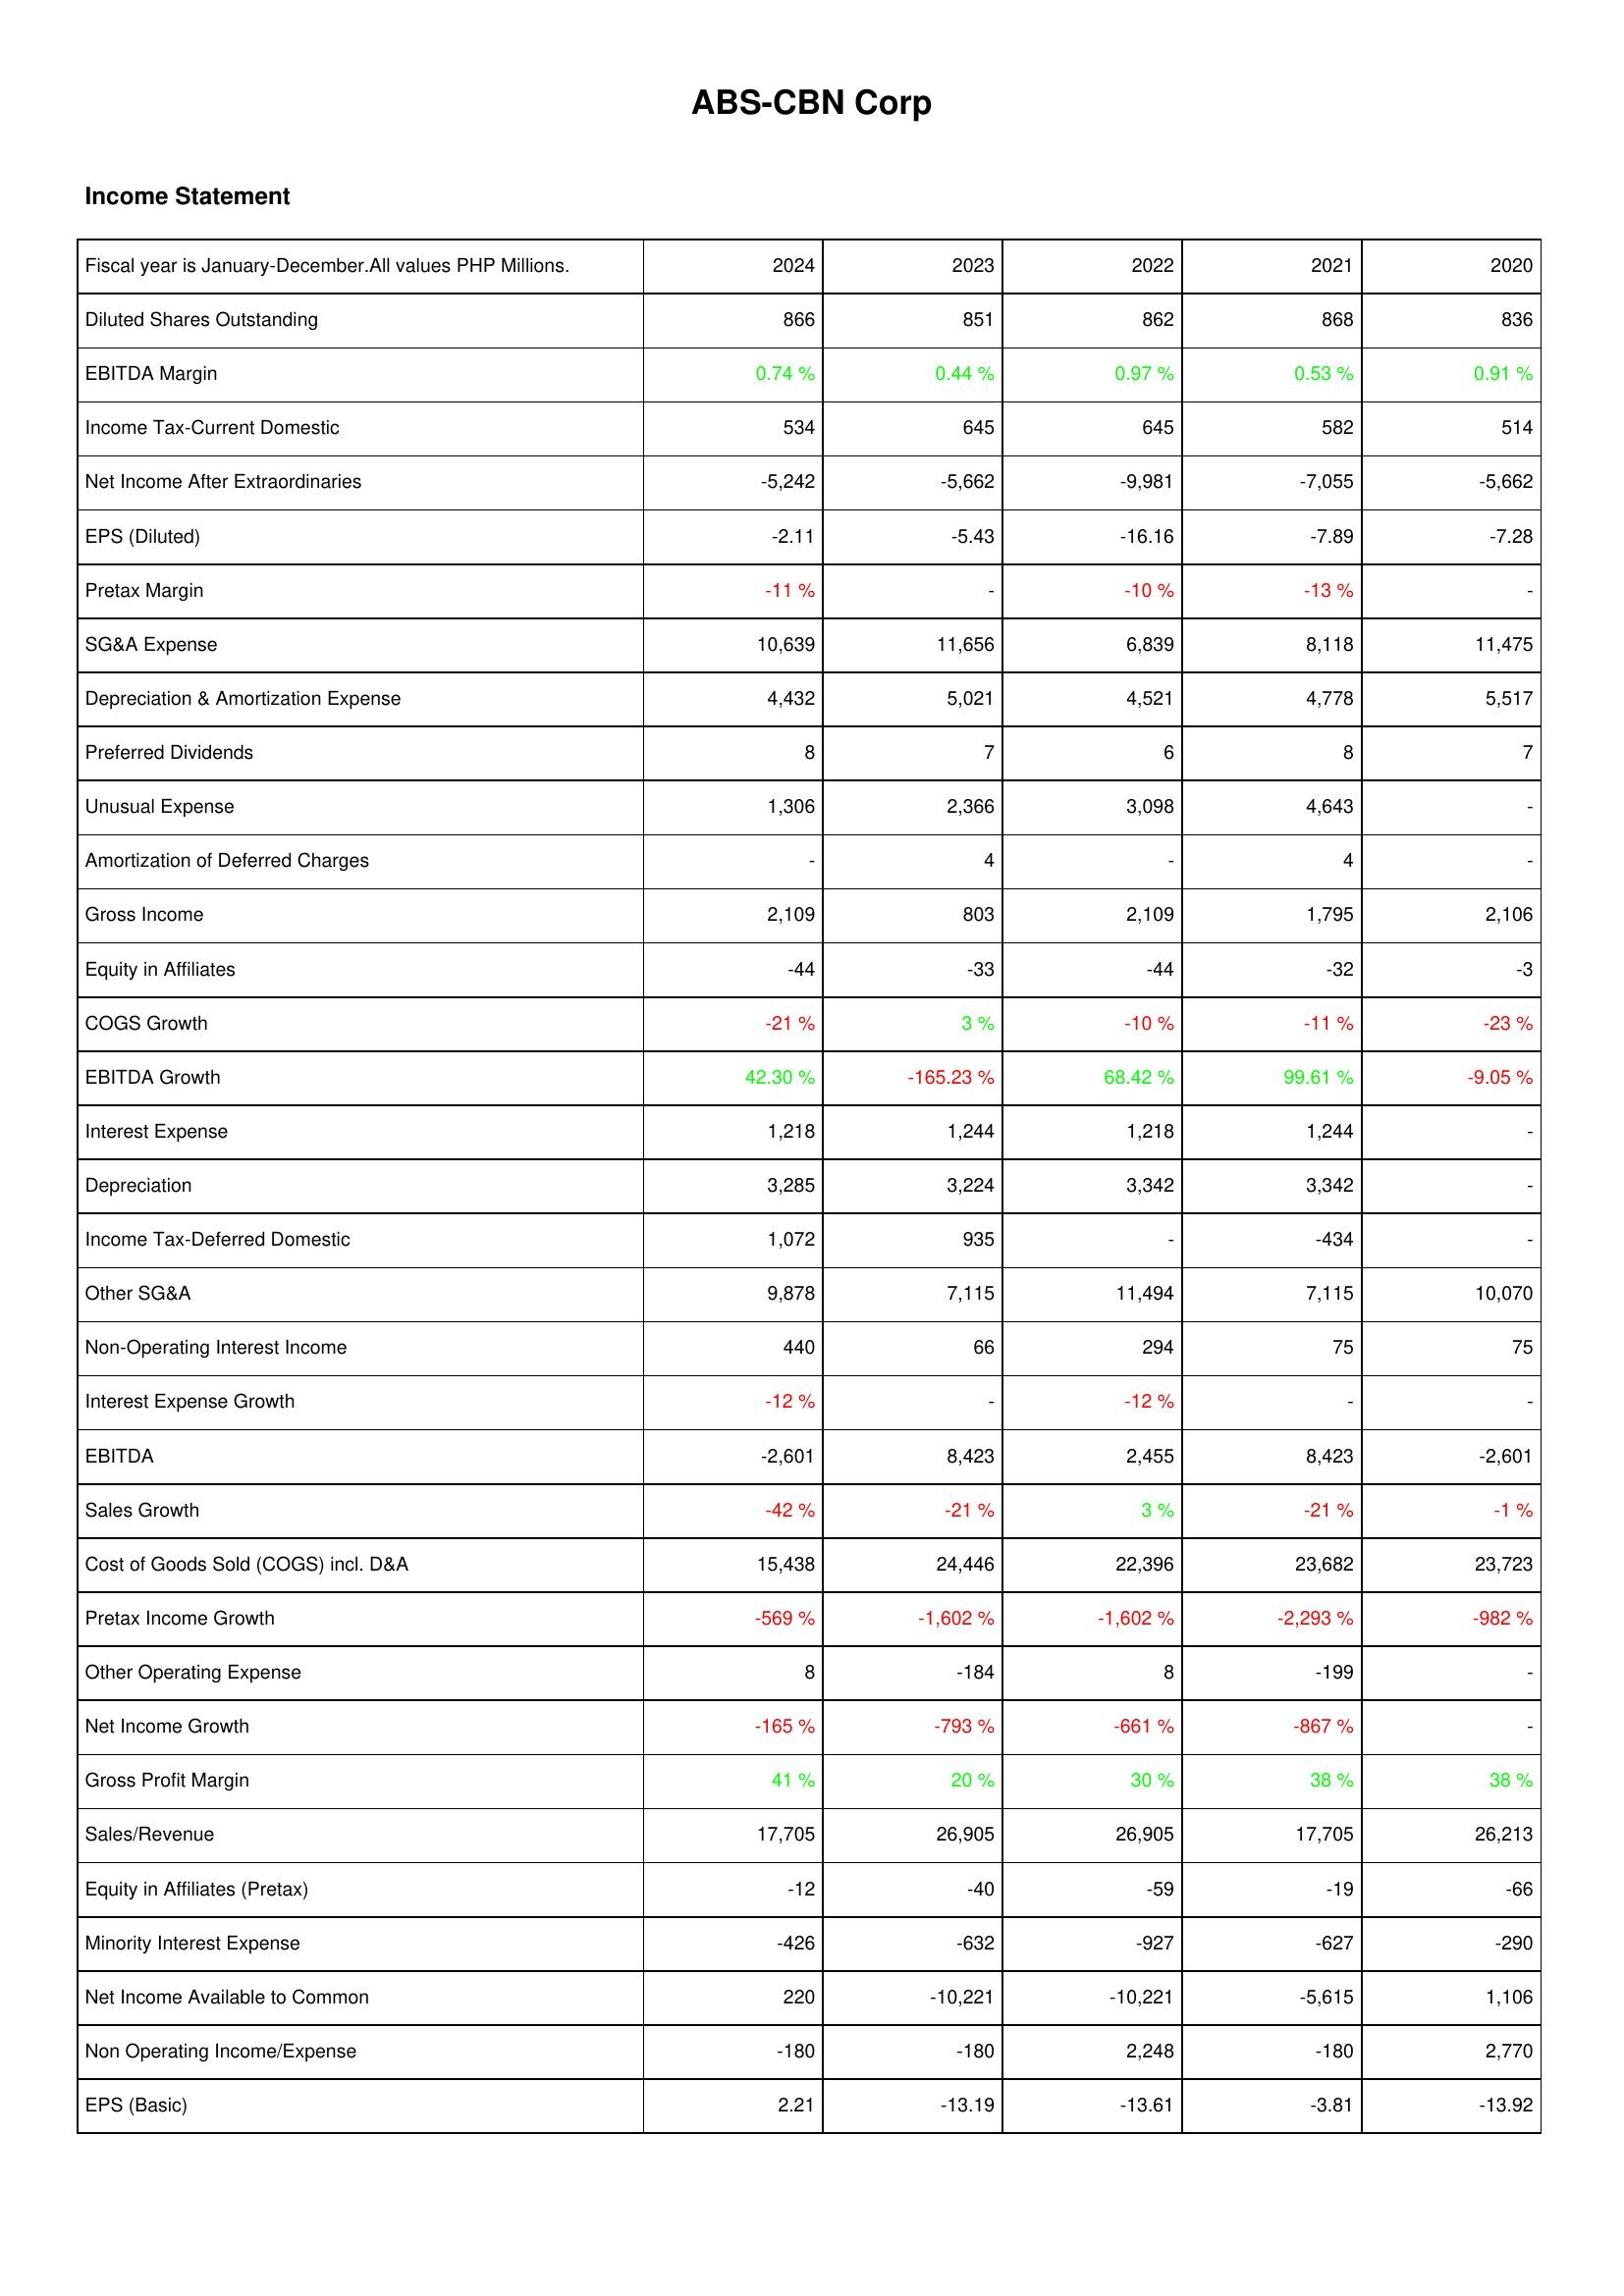
2024: Income Statement: Diluted Shares Outstanding: 866
EBITDA Margin: 0.74 %
Income Tax-Current Domestic: 534
Net Income After Extraordinaries: -5,242
EPS (Diluted): -2.11
Pretax Margin: -11 %
SG&A Expense: 10,639
Depreciation & Amortization Expense: 4,432
Preferred Dividends: 8
Unusual Expense: 1,306
Amortization of Deferred Charges: -
Gross Income: 2,109
Equity in Affiliates: -44
COGS Growth: -21 %
EBITDA Growth: 42.30 %
Interest Expense: 1,218
Depreciation: 3,285
Income Tax-Deferred Domestic: 1,072
Other SG&A: 9,878
Non-Operating Interest Income: 440
Interest Expense Growth: -12 %
EBITDA: -2,601
Sales Growth: -42 %
Cost of Goods Sold (COGS) incl. D&A: 15,438
Pretax Income Growth: -569 %
Other Operating Expense: 8
Net Income Growth: -165 %
Gross Profit Margin: 41 %
Sales/Revenue: 17,705
Equity in Affiliates (Pretax): -12
Minority Interest Expense: -426
Net Income Available to Common: 220
Non Operating Income/Expense: -180
EPS (Basic): 2.21
2023: Income Statement: Diluted Shares Outstanding: 851
EBITDA Margin: 0.44 %
Income Tax-Current Domestic: 645
Net Income After Extraordinaries: -5,662
EPS (Diluted): -5.43
Pretax Margin: -
SG&A Expense: 11,656
Depreciation & Amortization Expense: 5,021
Preferred Dividends: 7
Unusual Expense: 2,366
Amortization of Deferred Charges: 4
Gross Income: 803
Equity in Affiliates: -33
COGS Growth: 3 %
EBITDA Growth: -165.23 %
Interest Expense: 1,244
Depreciation: 3,224
Income Tax-Deferred Domestic: 935
Other SG&A: 7,115
Non-Operating Interest Income: 66
Interest Expense Growth: -
EBITDA: 8,423
Sales Growth: -21 %
Cost of Goods Sold (COGS) incl. D&A: 24,446
Pretax Income Growth: -1,602 %
Other Operating Expense: -184
Net Income Growth: -793 %
Gross Profit Margin: 20 %
Sales/Revenue: 26,905
Equity in Affiliates (Pretax): -40
Minority Interest Expense: -632
Net Income Available to Common: -10,221
Non Operating Income/Expense: -180
EPS (Basic): -13.19
2022: Income Statement: Diluted Shares Outstanding: 862
EBITDA Margin: 0.97 %
Income Tax-Current Domestic: 645
Net Income After Extraordinaries: -9,981
EPS (Diluted): -16.16
Pretax Margin: -10 %
SG&A Expense: 6,839
Depreciation & Amortization Expense: 4,521
Preferred Dividends: 6
Unusual Expense: 3,098
Amortization of Deferred Charges: -
Gross Income: 2,109
Equity in Affiliates: -44
COGS Growth: -10 %
EBITDA Growth: 68.42 %
Interest Expense: 1,218
Depreciation: 3,342
Income Tax-Deferred Domestic: -
Other SG&A: 11,494
Non-Operating Interest Income: 294
Interest Expense Growth: -12 %
EBITDA: 2,455
Sales Growth: 3 %
Cost of Goods Sold (COGS) incl. D&A: 22,396
Pretax Income Growth: -1,602 %
Other Operating Expense: 8
Net Income Growth: -661 %
Gross Profit Margin: 30 %
Sales/Revenue: 26,905
Equity in Affiliates (Pretax): -59
Minority Interest Expense: -927
Net Income Available to Common: -10,221
Non Operating Income/Expense: 2,248
EPS (Basic): -13.61
2021: Income Statement: Diluted Shares Outstanding: 868
EBITDA Margin: 0.53 %
Income Tax-Current Domestic: 582
Net Income After Extraordinaries: -7,055
EPS (Diluted): -7.89
Pretax Margin: -13 %
SG&A Expense: 8,118
Depreciation & Amortization Expense: 4,778
Preferred Dividends: 8
Unusual Expense: 4,643
Amortization of Deferred Charges: 4
Gross Income: 1,795
Equity in Affiliates: -32
COGS Growth: -11 %
EBITDA Growth: 99.61 %
Interest Expense: 1,244
Depreciation: 3,342
Income Tax-Deferred Domestic: -434
Other SG&A: 7,115
Non-Operating Interest Income: 75
Interest Expense Growth: -
EBITDA: 8,423
Sales Growth: -21 %
Cost of Goods Sold (COGS) incl. D&A: 23,682
Pretax Income Growth: -2,293 %
Other Operating Expense: -199
Net Income Growth: -867 %
Gross Profit Margin: 38 %
Sales/Revenue: 17,705
Equity in Affiliates (Pretax): -19
Minority Interest Expense: -627
Net Income Available to Common: -5,615
Non Operating Income/Expense: -180
EPS (Basic): -3.81
2020: Income Statement: Diluted Shares Outstanding: 836
EBITDA Margin: 0.91 %
Income Tax-Current Domestic: 514
Net Income After Extraordinaries: -5,662
EPS (Diluted): -7.28
Pretax Margin: -
SG&A Expense: 11,475
Depreciation & Amortization Expense: 5,517
Preferred Dividends: 7
Unusual Expense: -
Amortization of Deferred Charges: -
Gross Income: 2,106
Equity in Affiliates: -3
COGS Growth: -23 %
EBITDA Growth: -9.05 %
Interest Expense: -
Depreciation: -
Income Tax-Deferred Domestic: -
Other SG&A: 10,070
Non-Operating Interest Income: 75
Interest Expense Growth: -
EBITDA: -2,601
Sales Growth: -1 %
Cost of Goods Sold (COGS) incl. D&A: 23,723
Pretax Income Growth: -982 %
Other Operating Expense: -
Net Income Growth: -
Gross Profit Margin: 38 %
Sales/Revenue: 26,213
Equity in Affiliates (Pretax): -66
Minority Interest Expense: -290
Net Income Available to Common: 1,106
Non Operating Income/Expense: 2,770
EPS (Basic): -13.92